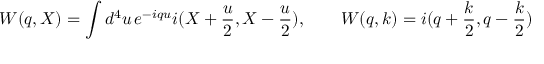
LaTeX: \c W ( q , X ) = \int d ^ { 4 } u \, e ^ { - i q u } i \c G ( X + \frac u 2 , X - \frac u 2 ) , \qquad \c W ( q , k ) = i \c G ( q + \frac k 2 , q - \frac k 2 )